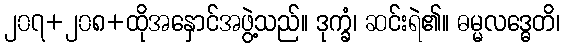
၂၀၇+၂၀၈+ထိုအနှောင်အဖွဲ့သည်။ ဒုက္ခံ၊ ဆင်းရဲ၏။ ဓမ္မလဒ္ဓေတိ၊